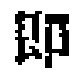
\text{印}